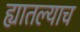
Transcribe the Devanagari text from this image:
ह्यातल्याच